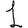
Digit: 1